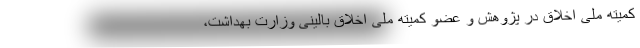
کمیته ملی اخلاق در پژوهش و عضو کمیته ملی اخلاق بالینی وزارت بهداشت،